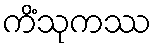
ကိံသုကဿ